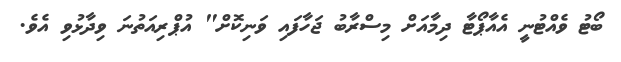
ބޯޓު ވެއްޓުނީ އެއާޕޯޓާ ދިމާއަށް މިސްރާބު ޖަހާފައި ވަނިކޮށް" އުޕްރިއަތުނަ ވިދާޅުވި އެވެ.